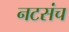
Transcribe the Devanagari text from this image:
नटसंच